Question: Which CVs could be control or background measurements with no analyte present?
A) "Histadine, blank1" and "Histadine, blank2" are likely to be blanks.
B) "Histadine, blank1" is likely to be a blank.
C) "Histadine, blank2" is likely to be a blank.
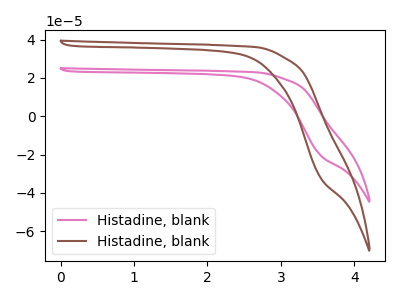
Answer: <think>The pink curve "Histadine, blank1" has no peaks. The brown curve "Histadine, blank2" has no peaks.</think>
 <answer>A) "Histadine, blank1" and "Histadine, blank2" are likely to be blanks.</answer>
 <eval>A</eval>